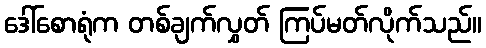
ဒေါ်စောရုံက တစ်ချက်လွှတ် ကြပ်မတ်လိုက်သည်။